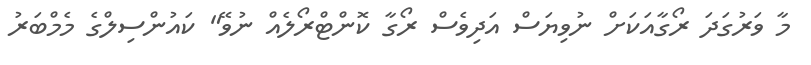
މާ ވަރުގަދަ ރޯގާއަކަށް ނުވިޔަސް އަދިވެސް ރޯގާ ކޮންޓްރޯލެއް ނުވޭ" ކައުންސިލްގެ މެމްބަރު